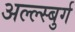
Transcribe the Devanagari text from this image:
अल्ल्स्बुर्ग